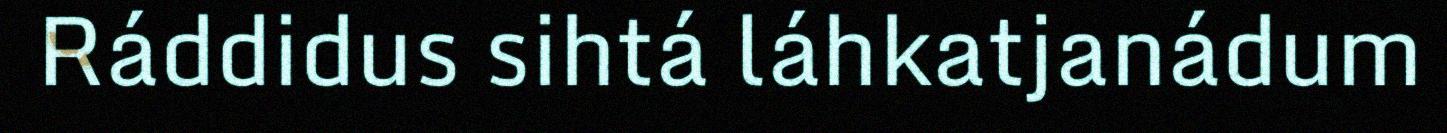
Ráddidus sihtá láhkatjanádum